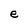
Character: e